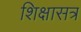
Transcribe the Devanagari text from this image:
शिक्षासत्र